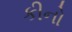
કીનો